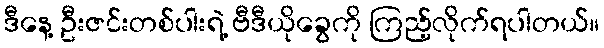
ဒီနေ့ ဦးဇင်းတစ်ပါးရဲ့ ဗီဒီယိုခွေကို ကြည့်လိုက်ရပါတယ်။